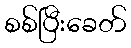
စစ်ပြီးခေတ်